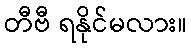
တီဗီ ရနိုင်မလား။